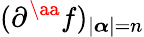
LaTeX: (\partial^{\aa}f)_{|{\boldsymbol{\alpha}}|=n}